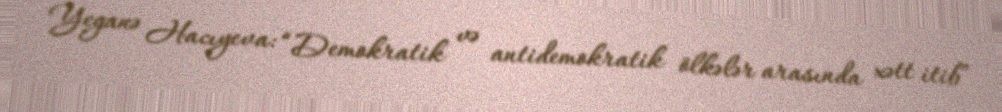
Yeganə Hacıyeva: “Demokratik və antidemokratik ölkələr arasında xətt itib”